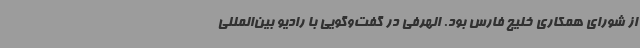
از شورای همکاری خلیج فارس بود. الهرفی در گفت‌وگویی با رادیو بین‌المللی